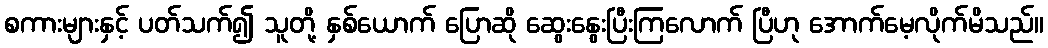
စကားများနှင့် ပတ်သက်၍ သူတို့ နှစ်ယောက် ပြောဆို ဆွေးနွေးပြီးကြလောက် ပြီဟု အောက်မေ့လိုက်မိသည်။